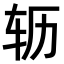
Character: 𫐆